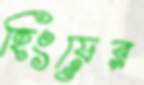
হিংয়ের